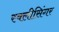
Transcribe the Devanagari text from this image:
स्क्लीसिंगर